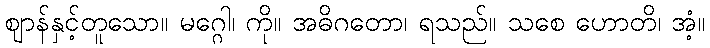
ဈာန်နှင့်တူသော။ မဂ္ဂေါ၊ ကို။ အဓိဂတော၊ ရသည်။ သစေ ဟောတိ၊ အံ့။